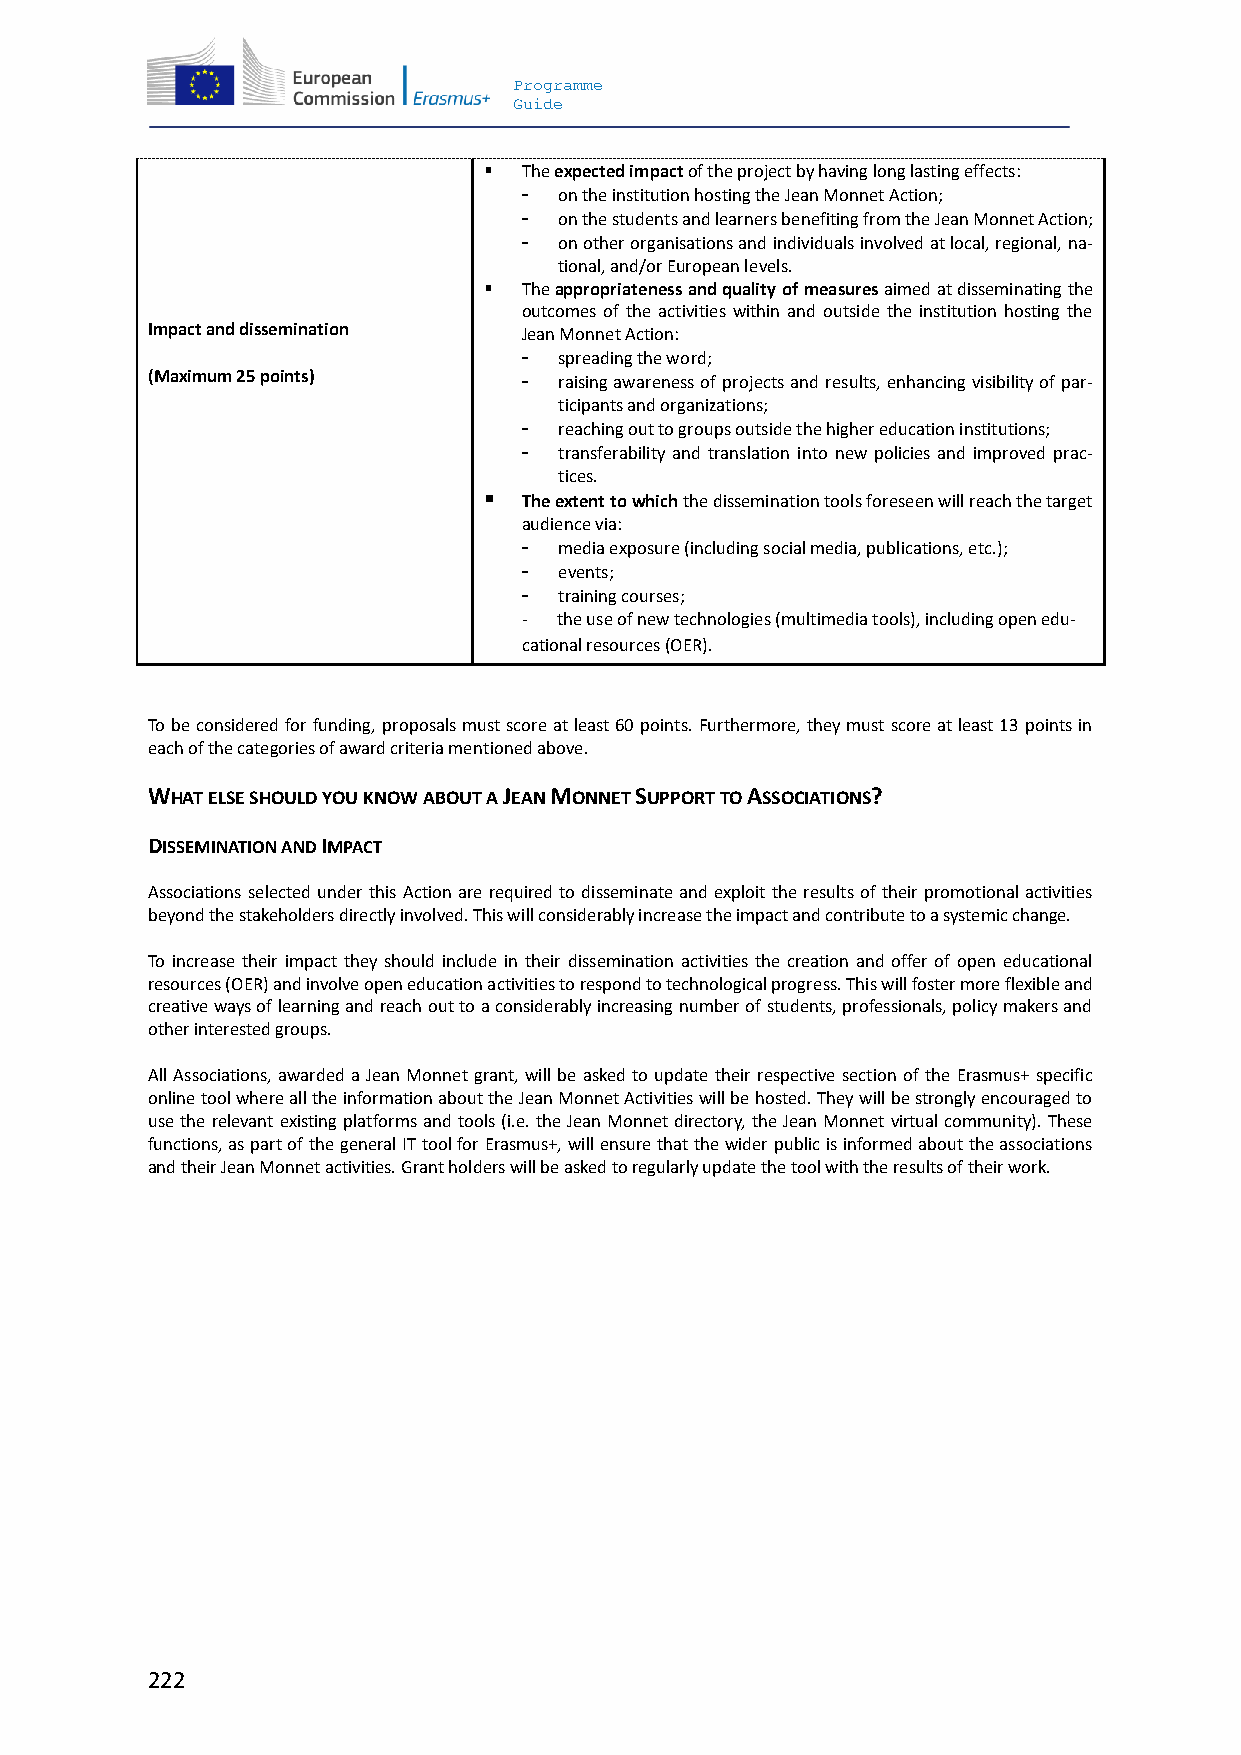
Programme
 Guide
   The expected impact of the project by having long lasting effects:
 - on the institution hosting the Jean Monnet Action;
 - on the students and learners benefiting from the Jean Monnet Action;
 - on other organisations and individuals involved at local, regional, na-
 tional, and/or European levels.
   The appropriateness and quality of measures aimed at disseminating the
 outcomes of the activities within and outside the institution hosting the
 Impact and dissemination Jean Monnet Action:
 - spreading the word;
 (Maximum 25 points)      - raising awareness of projects and results, enhancing visibility of par-
 ticipants and organizations;
 - reaching out to groups outside the higher education institutions;
 - transferability and translation into new policies and improved prac-
 tices.
   The extent to which the dissemination tools foreseen will reach the target
 audience via:
 - media exposure (including social media, publications, etc.);
 - events;
 - training courses;
 - the use of new technologies (multimedia tools), including open edu-
 cational resources (OER).
 To be considered for funding, proposals must score at least 60 points. Furthermore, they must score at least 13 points in
 each of the categories of award criteria mentioned above.
 WHAT ELSE SHOULD YOU KNOW ABOUT A JEAN MONNET SUPPORT TO ASSOCIATIONS?
 DISSEMINATION AND IMPACT
 Associations selected under this Action are required to disseminate and exploit the results of their promotional activities
 beyond the stakeholders directly involved. This will considerably increase the impact and contribute to a systemic change.
 To increase their impact they should include in their dissemination activities the creation and offer of open educational
 resources (OER) and involve open education activities to respond to technological progress. This will foster more flexible and
 creative ways of learning and reach out to a considerably increasing number of students, professionals, policy makers and
 other interested groups.
 All Associations, awarded a Jean Monnet grant, will be asked to update their respective section of the Erasmus+ specific
 online tool where all the information about the Jean Monnet Activities will be hosted. They will be strongly encouraged to
 use the relevant existing platforms and tools (i.e. the Jean Monnet directory, the Jean Monnet virtual community). These
 functions, as part of the general IT tool for Erasmus+, will ensure that the wider public is informed about the associations
 and their Jean Monnet activities. Grant holders will be asked to regularly update the tool with the results of their work.
 222